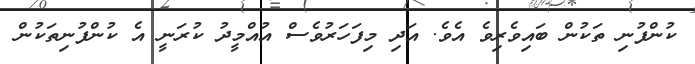
ކުންފުނި ތަކުން ބައިވެރިވެ އެވެ. އަދި މިފަހަރުވެސް އުއްމީދު ކުރަނީ އެ ކުންފުނިތަކުން